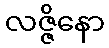
လဇ္ဇိနော